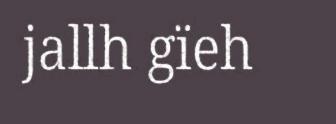
jallh gïeh